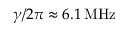
\gamma / 2 \pi \approx 6 . 1 \, \mathrm { M H z }